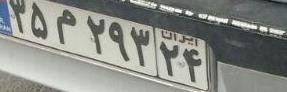
۳۵م۲۹۳۲۴